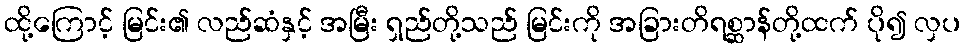
ထို့ကြောင့် မြင်း၏ လည်ဆံနှင့် အမြီး ရှည်တို့သည် မြင်းကို အခြားတိရစ္ဆာန်တို့ထက် ပို၍ လှပ